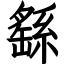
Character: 繇